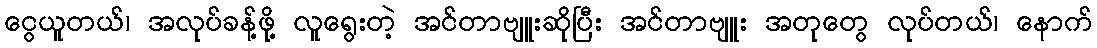
ငွေယူတယ်၊ အလုပ်ခန့်ဖို့ လူရွေးတဲ့ အင်တာဗျူးဆိုပြီး အင်တာဗျူး အတုတွေ လုပ်တယ်၊ နောက်